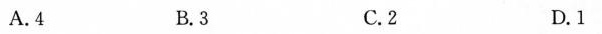
A.4 B.3 C.2 D.1